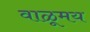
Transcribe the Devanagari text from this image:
वाळूमय